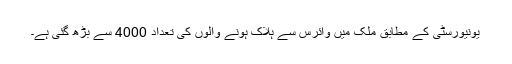
یونیورسٹی کے مطابق ملک میں وائرس سے ہلاک ہونے والوں کی تعداد 4000 سے بڑھ گئی ہے۔